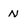
Character: N